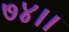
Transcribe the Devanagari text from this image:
७४।।